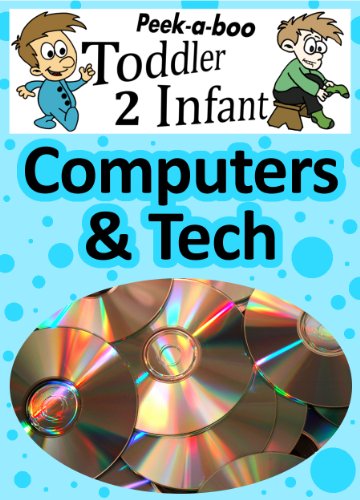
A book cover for Computer & Tech (Peekaboo: Toddler 2 Infant) (Kids Flashcard Peekaboo Books: Childrens Everyday Learning); C.F. Crist; Children's Books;